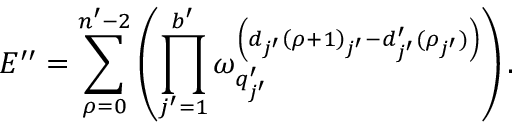
\begin{array} { r } { E ^ { \prime \prime } = \displaystyle \sum _ { \rho = 0 } ^ { n ^ { \prime } - 2 } \left( \prod _ { j ^ { \prime } = 1 } ^ { b ^ { \prime } } \omega _ { q _ { j ^ { \prime } } ^ { \prime } } ^ { \left( d _ { j ^ { \prime } } \left( \rho + 1 \right) _ { j ^ { \prime } } - d _ { j ^ { \prime } } ^ { \prime } ( \rho _ { j ^ { \prime } } ) \right) } \right) . } \end{array}